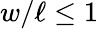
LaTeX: w/\ell\leq 1